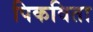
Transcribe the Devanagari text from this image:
पिकविता